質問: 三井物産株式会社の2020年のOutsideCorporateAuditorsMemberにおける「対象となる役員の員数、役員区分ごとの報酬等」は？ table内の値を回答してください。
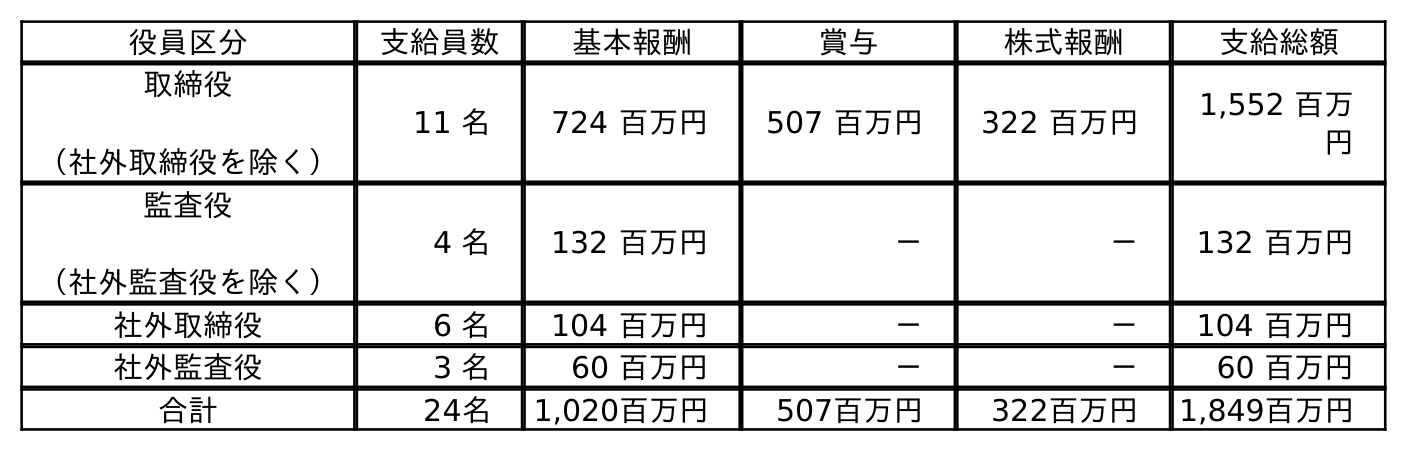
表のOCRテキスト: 役員区分 支給員数 基本報酬 賞与 株式報酬 支給総額 取締役 （社外取締役を除く） 11 名 724 百万円 507 百万円 322 百万円 1,552 百万 円 監査役 （社外監査役を除く） 4 名 132 百万円 － － 132 百万円 社外取締役 6 名 104 百万円 － － 104 百万円 社外監査役 3 名 60 百万円 － － 60 百万円 合計 24名 1,020百万円 507百万円 322百万円 1,849百万円
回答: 3名